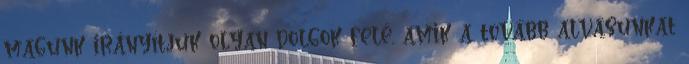
magunk irányítjuk olyan dolgok felé, amik a tovább alvásunkat